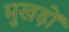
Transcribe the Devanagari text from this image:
मुखड़ों